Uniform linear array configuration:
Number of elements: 12
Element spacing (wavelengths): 0.5
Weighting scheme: uniform
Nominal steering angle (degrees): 0
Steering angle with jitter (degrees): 1.594
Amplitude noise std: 0.05
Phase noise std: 0.05

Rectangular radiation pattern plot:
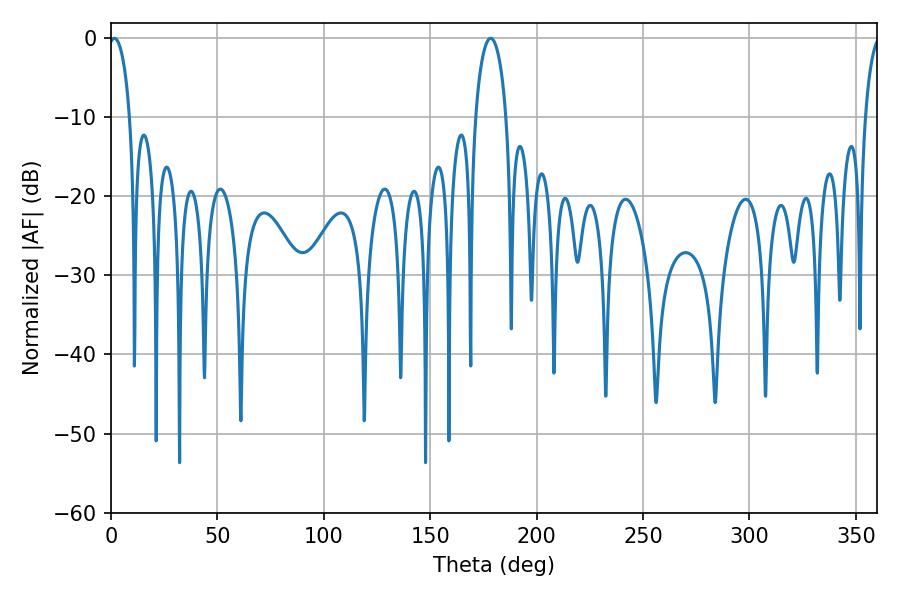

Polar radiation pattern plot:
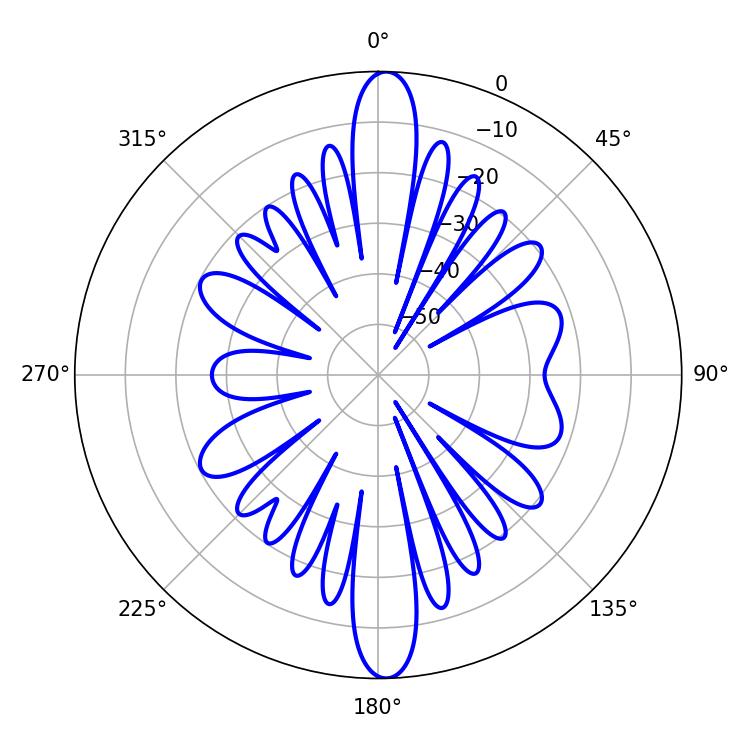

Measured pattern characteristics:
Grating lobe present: FALSE
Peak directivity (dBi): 22.278
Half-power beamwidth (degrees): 5.76
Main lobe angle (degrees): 1.62